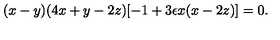
( x - y ) ( 4 x + y - 2 z ) [ - 1 + 3 \epsilon x ( x - 2 z ) ] = 0 .